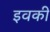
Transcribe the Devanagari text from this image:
इवकी